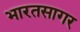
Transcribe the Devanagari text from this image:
भारतसागर